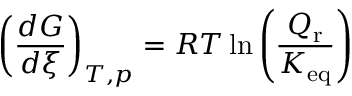
\left( { \frac { d G } { d \xi } } \right) _ { T , p } = R T \ln \left( { \frac { Q _ { \mathrm { r } } } { K _ { \mathrm { e q } } } } \right)